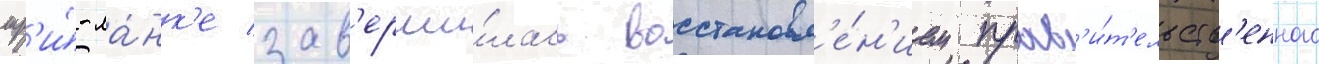
шр'и́-ла́нк'е зав'ерши́лась восстановл'е́н'ием прав'и́т'ельств'енного